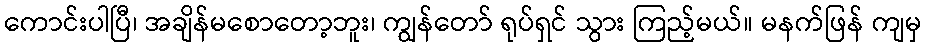
ကောင်းပါပြီ၊ အချိန်မစောတော့ဘူး၊ ကျွန်တော် ရုပ်ရှင် သွား ကြည့်မယ်။ မနက်ဖြန် ကျမှ